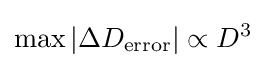
\max |\Delta D_{\text{error}}|\propto D^{3}